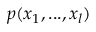
p ( \boldsymbol { x } _ { 1 } , . . . , \boldsymbol { x } _ { l } )